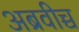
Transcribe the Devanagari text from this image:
अब्रवीच्च